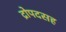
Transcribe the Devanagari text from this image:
द्रोपदसह